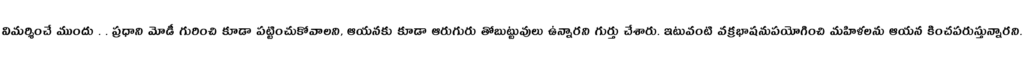
విమర్శించే ముందు . . ప్రధాని మోడీ గురించి కూడా పట్టించుకోవాలని, ఆయనకు కూడా ఆరుగురు తోబుట్టువులు ఉన్నారని గుర్తు చేశారు. ఇటువంటి వక్రభాషనుపయోగించి మహిళలను ఆయన కించపరుస్తున్నారని.